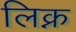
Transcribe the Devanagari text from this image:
लिक्न